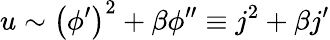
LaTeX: u\sim\left(\phi^{\prime}\right)^{2}+\beta\phi^{\prime\prime}\equiv j^{2}+\beta j^{\prime}